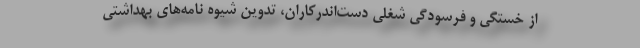
از خستگی و فرسودگی شغلی دست‌اندرکاران، تدوین شیوه نامه‌های بهداشتی